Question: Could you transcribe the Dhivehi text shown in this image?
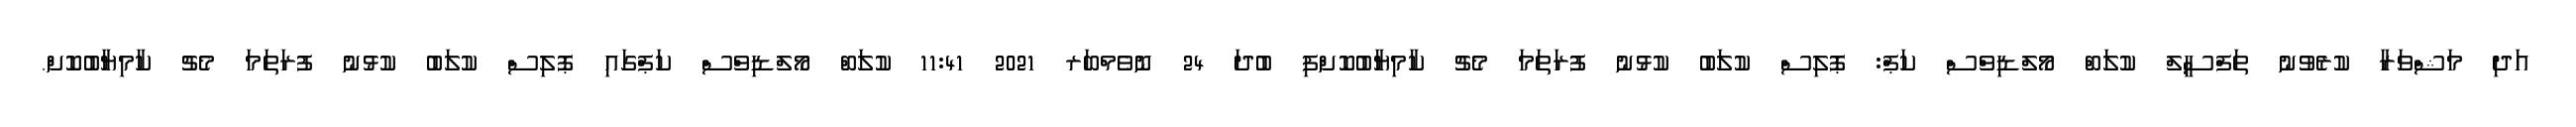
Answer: އަދި މަޝްވަރާ ކުރެވުނު ތަފްސީލް ކުލަބް މޯލްޑިވްސް ކަޕް: ޕޮލިސް ކުލަބު ކުޅުނު ފުރަތަމަ މެޗު ކާމިޔާބުކޮށްފި ބުދަ 24 ނޮވެމްބަރ 2021 11:41 ކުލަބް މޯލްޑިވްސް ކަޕްގައި ޕޮލިސް ކުލަބު ކުޅުނު ފުރަތަމަ މެޗު ކާމިޔާބުކޮށް.